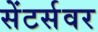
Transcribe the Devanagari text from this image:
सेंटर्सवर